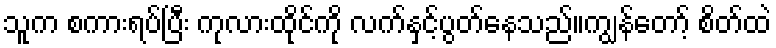
သူက စကားရပ်ပြီး ကုလားထိုင်ကို လက်နှင့်ပွတ်နေသည်။ကျွန်တော့် စိတ်ထဲ